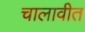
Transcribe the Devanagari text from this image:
चालावीत